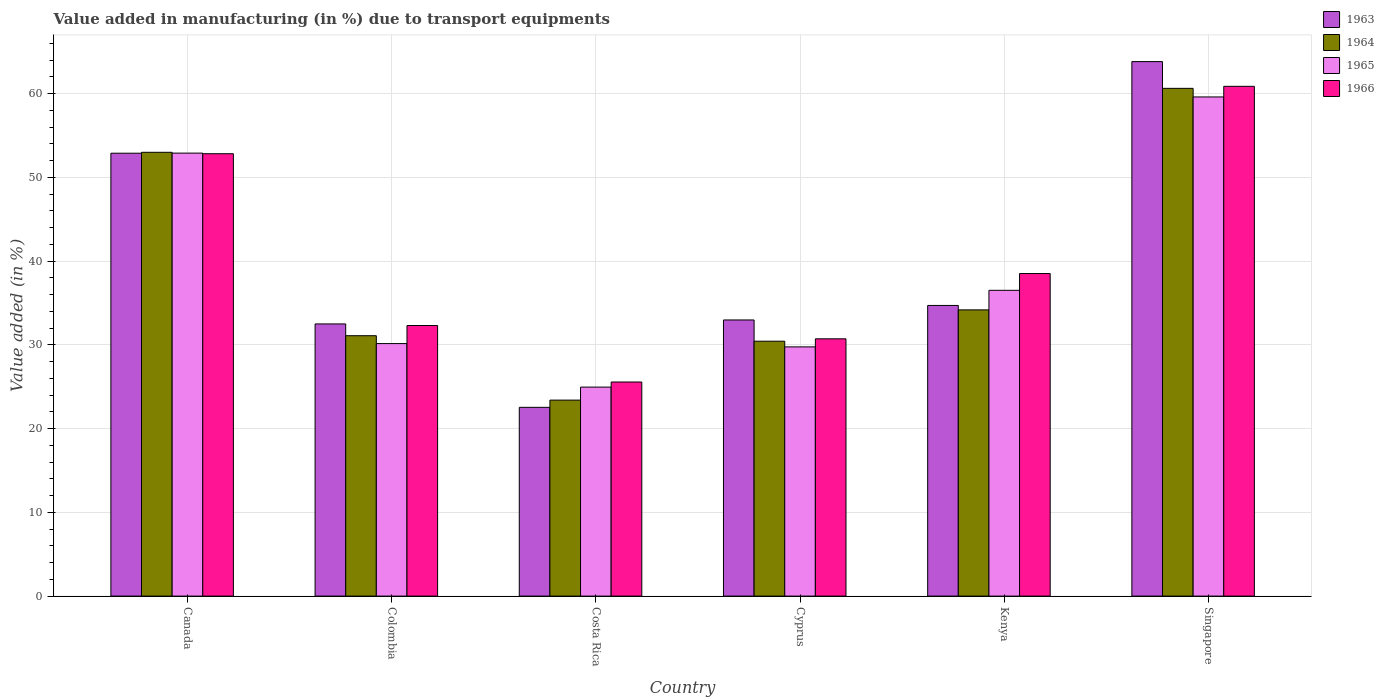
| Country | 1963 | 1964 | 1965 | 1966 |
 | --- | --- | --- | --- | --- |
 | Canada | 52.9 | 53 | 52.9 | 52.8 |
 | Colombia | 32.5 | 31.1 | 30.1 | 32.3 |
 | Costa Rica | 22.5 | 23.4 | 25 | 25.6 |
 | Cyprus | 33 | 30.4 | 29.8 | 30.7 |
 | Kenya | 34.7 | 34.2 | 36.5 | 38.5 |
 | Singapore | 63.8 | 60.6 | 59.6 | 60.9 |